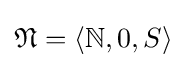
{\mathfrak {N}}=\langle \mathbb {N} ,0,S\rangle